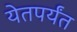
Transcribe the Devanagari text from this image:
येतपर्यंत